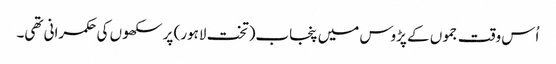
اُس وقت جموں کے پڑوس میں پنجاب(تخت لاہور) پر سکھوں کی حکمرانی تھی۔